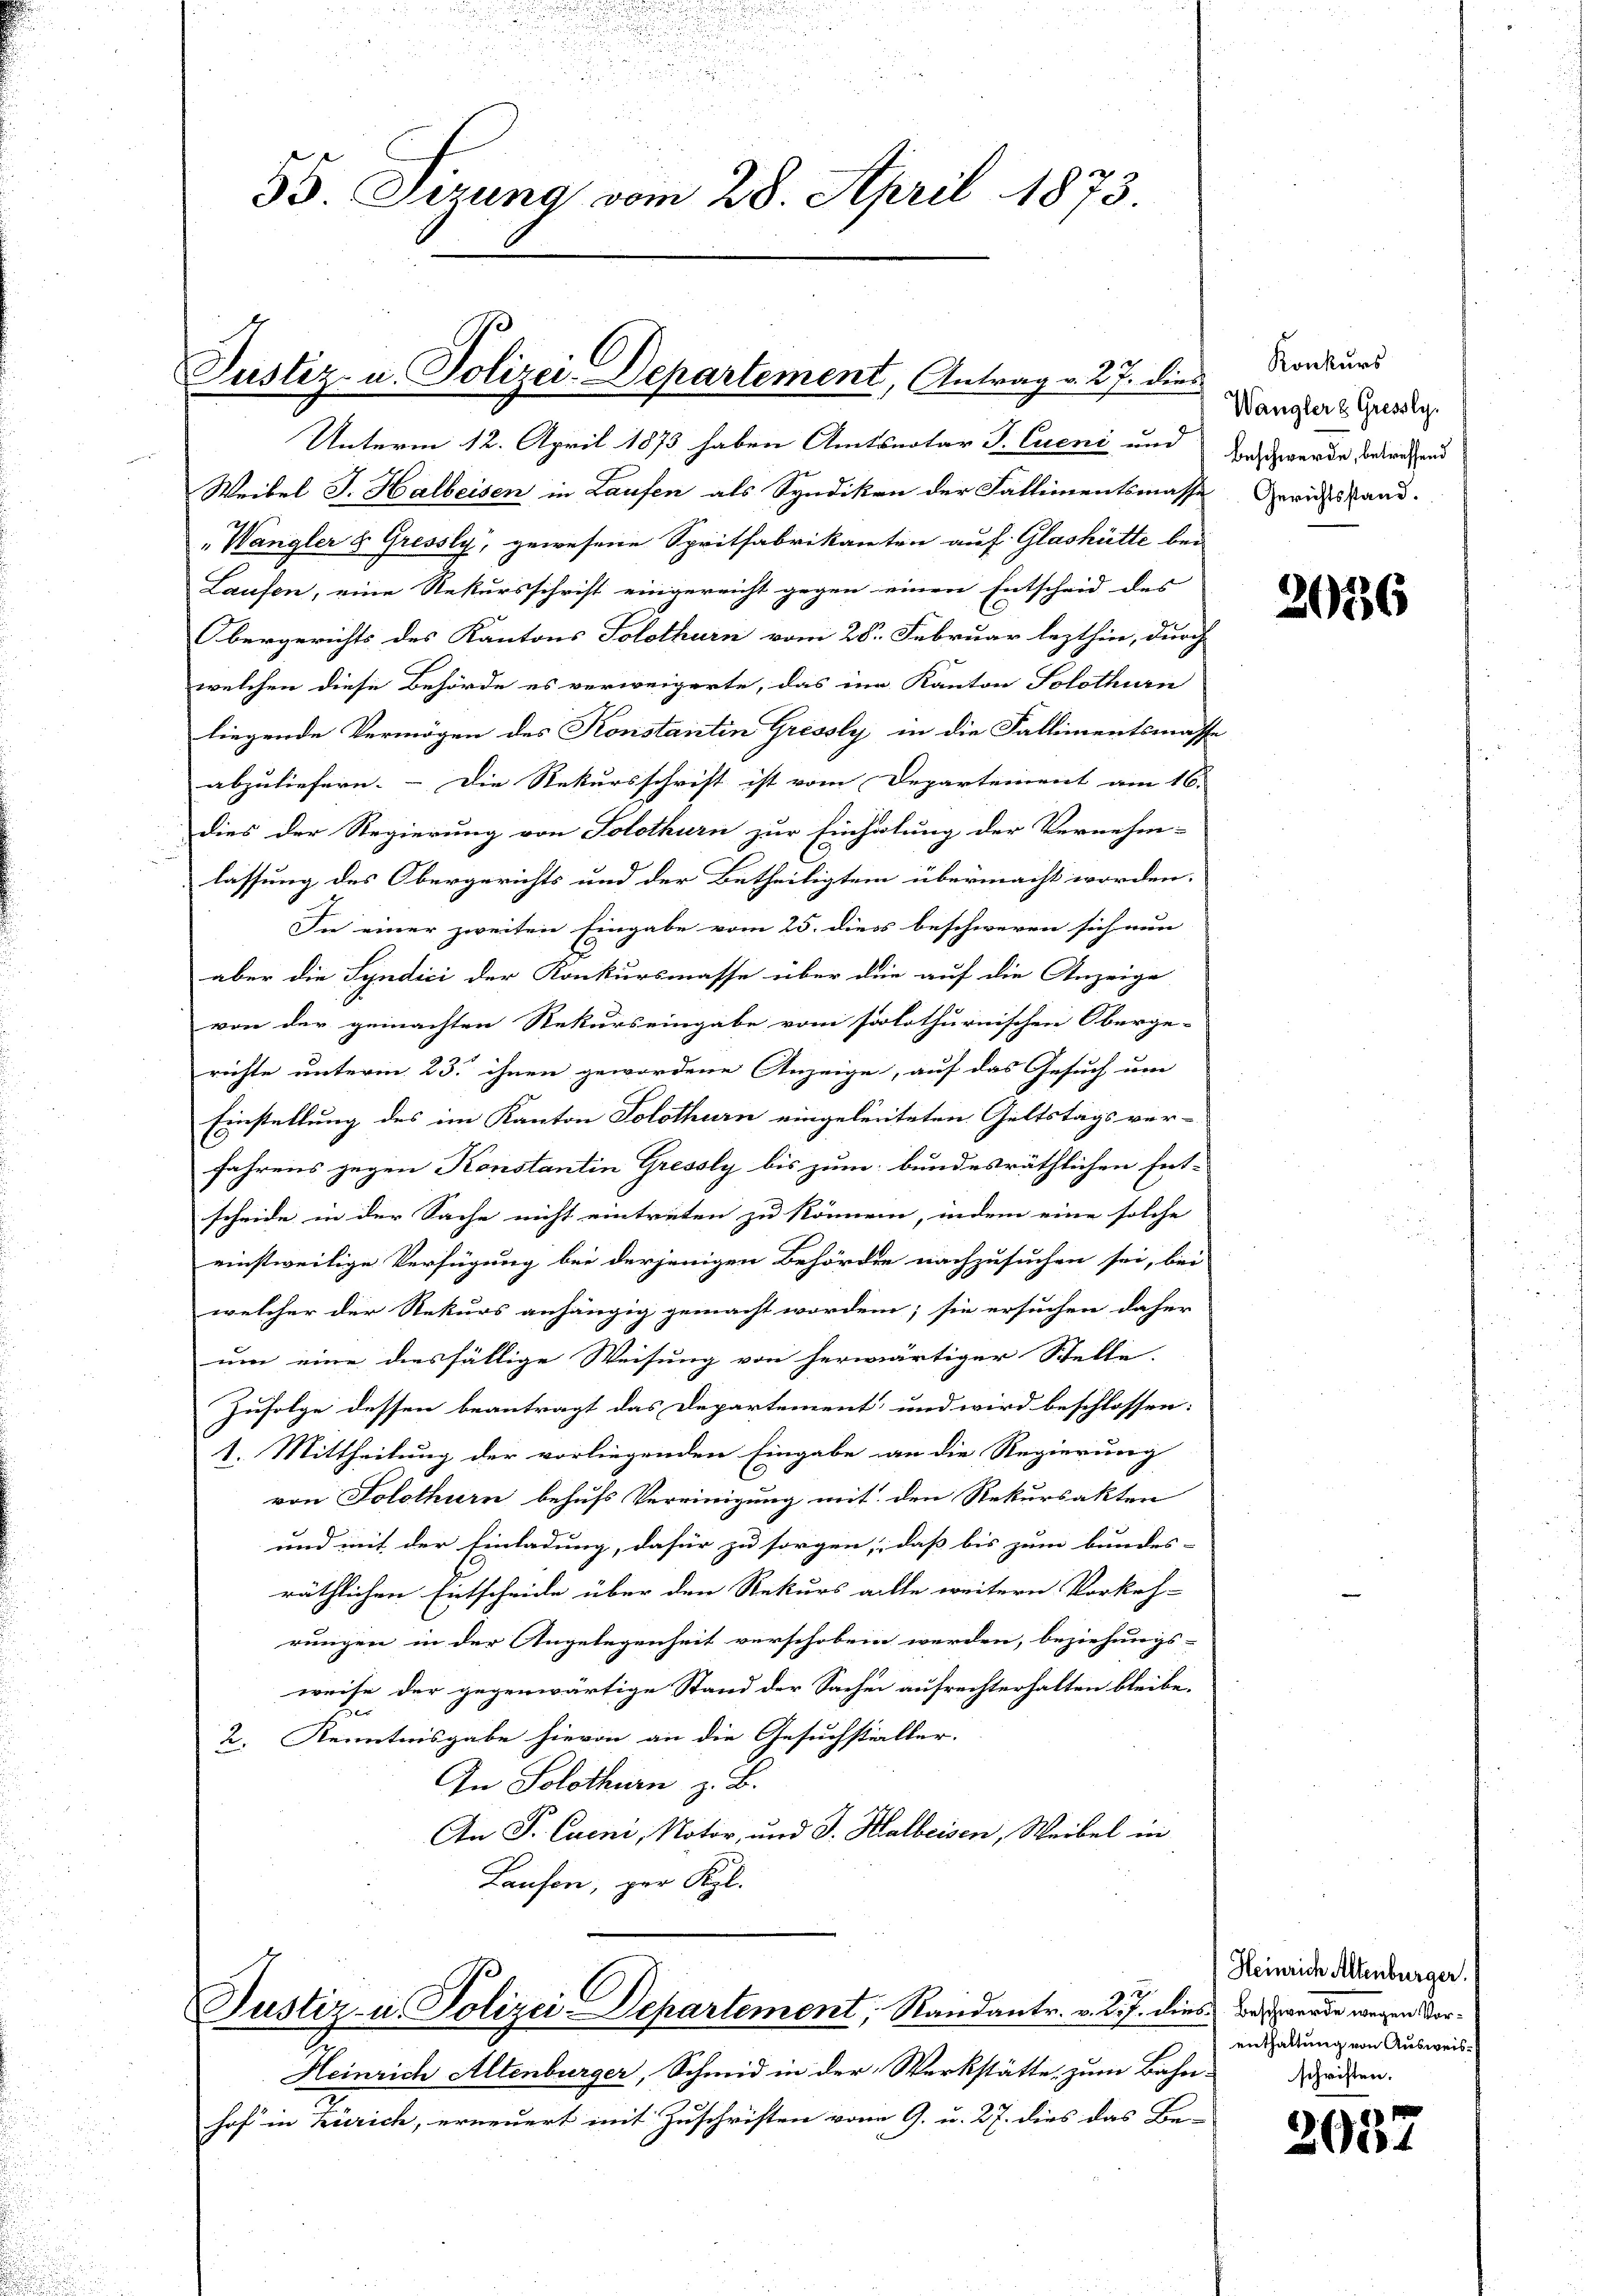
an
.

i

55. Jezung vom 28. April 1873.

Justiz- u. Polizei-Departement, Antrag v. 27. dies

Unterm 12. April 1873 haben Amtsnotar J. Cueni und
Weibel J. Halbeisen in Laufen als Syndikon der Fallimentsmasse
"Wangler & Gressly, gewesene Spritfabrikanten auf Glashütte bei
Laufen, eine Rekursschrift eingereicht gegen einen Entscheid des |
Obergerichts des Kantons Solothurn vom 28. Februar lezthin, durch
welchen diese Behörde es verweigerte, das im Kanton Solothurn
liegende Vermögen des Konstantin Gressly in die Fallimentsmasse
abzuliefern. – Die Rekursschrift ist vom Departement am 16.
dies der Regierung von Solothurn zur Einholung der Vernehm-
lassung des Obergerichts und der Betheiligtem übermacht worden.
In einer zweiten Eingabe vom 25. dies beschweren sich nun
aber die Syndici der Konkursmasse über die auf die Anzeige
von der gemachten Rekurs eingabe vom solothurnischen Oberge-
richte unterm 23. ihnen gewordene Anzeige, auf das Gesuch um
Einstellung des im Kanton Solothurn eingeleiteten Geltstags ver-
fahrens gegen Konstantin Gressly bis zum bundesräthlichen Ent-
scheide in der Sache nicht eintreten zu können, indem eine solche
einstweilige Verfügung bei derjenigen Behörden nachzusuchen sei, bei
welcher der Rekurs anhängig gemacht worden; sie ersuchen daher
um eine diesfällige Weisung von herwärtiger Stelle
Zufolge dessen beantragt das Departement und wird beschlossen:
1. Mittheilung der vorliegenden Eingabe an die Regierung
von Solothurn behufs Vereinigung mit den Rekursakten
und mit der Einladung, dafür zu sorgen, daß bis zum bundes-
räthlichen Entscheide über den Rekurs alle weitern Vorkeh-
rungen in der Angelegenheit verschoben werden, beziehungs-
weise der gegenwärtige Stand der Sachen aufrechterhalten bleibe.
2. Kenntnisgabe hievon an die Gesuchstiller.
In Solothurn z. B.
An P. Cueni, Notor, und J. Halbeisen, Weibel in
Laufen, zur Kel.

12
Justiz- u. Polizei-Departement, Randantr. v. d. 7. dies was werde wegen Vor¬

Heinrich Altenburger, Schmid in der Werkstätte, zum Bahn-
e
hof in Zürich, erneuert mit Zuschriften vom 9. u. 27. dies das Be-

Konkurs
Wangler & Gressly.
Beschwerde, betreffend
Gerichtsstand.

2036

Heinrich Altenburger.
enthaltung von Ausweisschriften.

2037